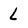
Character: L